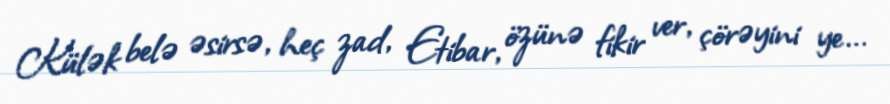
Külək belə əsirsə, heç zad, Etibar, özünə fikir ver, çörəyini ye...